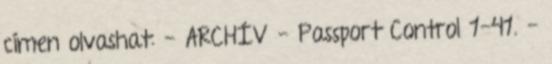
címen olvashat: - ARCHÍV - Passport Control 1-41. -